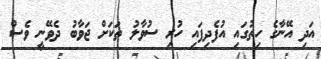
އަދި އޭނާގެ ހިތުގައި އުފެދިފައި ހުރި ސުވާލު ތަކަށް ޖަވާބު ދެވޭނީ ވެސް